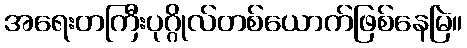
အရေးတကြီးပုဂ္ဂိုလ်တစ်ယောက်ဖြစ်နေမြဲ။